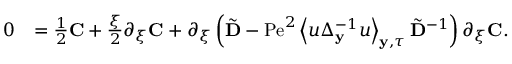
\begin{array} { r l } { 0 } & { = \frac { 1 } { 2 } \mathbf { C } + \frac { \xi } { 2 } \partial _ { \xi } \mathbf { C } + \partial _ { \xi } \left( \tilde { \mathbf { D } } - \mathrm { P e } ^ { 2 } \left\langle u \Delta _ { \mathbf { y } } ^ { - 1 } u \right\rangle _ { \mathbf { y } , \tau } \tilde { \mathbf { D } } ^ { - 1 } \right) \partial _ { \xi } \mathbf { C } . } \end{array}